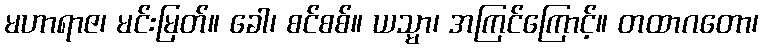
မဟာရာဇ၊ မင်းမြတ်။ ခေါ၊ စင်စစ်။ ယသ္မာ၊ အကြင်ကြောင့်။ တထာဂတော၊